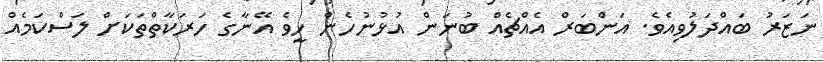
ނަޒަރު ބައްދަލުވިއެވެ. އަންބަރް އެއްޗެއް ބުނަން އުޅުނުހެން ހީވެ އޭނާގެ ހަރަކާތްތަކަށް ލަސްކަމެއް